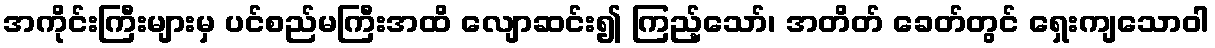
အကိုင်းကြီးများမှ ပင်စည်မကြီးအထိ လျောဆင်း၍ ကြည့်သော်၊ အတိတ် ခေတ်တွင် ရှေးကျသောဝါ